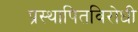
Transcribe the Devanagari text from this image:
प्रस्थापितविरोधी